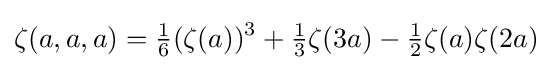
\zeta (a,a,a)={\tfrac {1}{6}}(\zeta (a))^{3}+{\tfrac {1}{3}}\zeta (3a)-{\tfrac {1}{2}}\zeta (a)\zeta (2a)